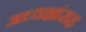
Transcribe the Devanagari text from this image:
अध्यक्षांसह